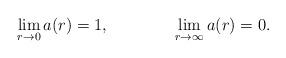
LaTeX: \begin{align*}\lim_{r \rightarrow 0} a(r)=1, \qquad \qquad \lim_{r \rightarrow \infty} a(r) =0.\end{align*}